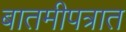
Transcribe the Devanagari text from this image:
बातमीपत्रात